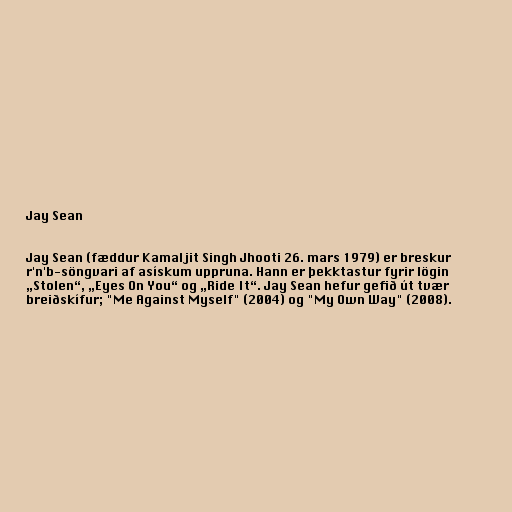
Jay Sean

Jay Sean (fæddur Kamaljit Singh Jhooti 26. mars 1979) er breskur
r'n'b-söngvari af asískum uppruna. Hann er þekktastur fyrir lögin
„Stolen“, „Eyes On You“ og „Ride It“. Jay Sean hefur gefið út tvær
breiðskífur; "Me Against Myself" (2004) og "My Own Way" (2008).